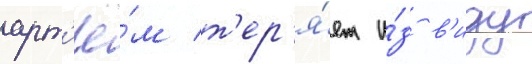
арт'ё́м т'ер'я́ет и́з в'иду